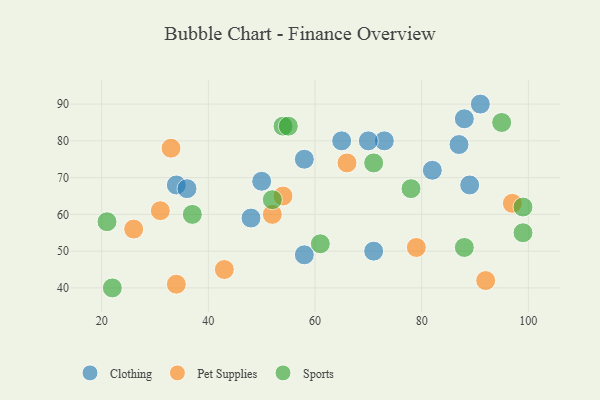
{"axis": {"x": "GDP", "y": "Life Expectancy"}, "legend": ["Clothing", "Pet Supplies", "Sports"], "data": [{"x": "87", "y": 79, "type": "Clothing"}, {"x": "73", "y": 80, "type": "Clothing"}, {"x": "91", "y": 90, "type": "Clothing"}, {"x": "58", "y": 49, "type": "Clothing"}, {"x": "65", "y": 80, "type": "Clothing"}, {"x": "50", "y": 69, "type": "Clothing"}, {"x": "58", "y": 75, "type": "Clothing"}, {"x": "82", "y": 72, "type": "Clothing"}, {"x": "88", "y": 86, "type": "Clothing"}, {"x": "70", "y": 80, "type": "Clothing"}, {"x": "34", "y": 68, "type": "Clothing"}, {"x": "36", "y": 67, "type": "Clothing"}, {"x": "89", "y": 68, "type": "Clothing"}, {"x": "71", "y": 50, "type": "Clothing"}, {"x": "48", "y": 59, "type": "Clothing"}, {"x": "52", "y": 60, "type": "Pet Supplies"}, {"x": "34", "y": 41, "type": "Pet Supplies"}, {"x": "43", "y": 45, "type": "Pet Supplies"}, {"x": "33", "y": 78, "type": "Pet Supplies"}, {"x": "97", "y": 63, "type": "Pet Supplies"}, {"x": "26", "y": 56, "type": "Pet Supplies"}, {"x": "79", "y": 51, "type": "Pet Supplies"}, {"x": "54", "y": 65, "type": "Pet Supplies"}, {"x": "92", "y": 42, "type": "Pet Supplies"}, {"x": "31", "y": 61, "type": "Pet Supplies"}, {"x": "66", "y": 74, "type": "Pet Supplies"}, {"x": "99", "y": 55, "type": "Sports"}, {"x": "54", "y": 84, "type": "Sports"}, {"x": "55", "y": 84, "type": "Sports"}, {"x": "88", "y": 51, "type": "Sports"}, {"x": "21", "y": 58, "type": "Sports"}, {"x": "95", "y": 85, "type": "Sports"}, {"x": "37", "y": 60, "type": "Sports"}, {"x": "22", "y": 40, "type": "Sports"}, {"x": "78", "y": 67, "type": "Sports"}, {"x": "71", "y": 74, "type": "Sports"}, {"x": "52", "y": 64, "type": "Sports"}, {"x": "99", "y": 62, "type": "Sports"}, {"x": "61", "y": 52, "type": "Sports"}]}